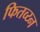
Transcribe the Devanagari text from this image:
फितव्य्न